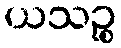
ယသဉ္စ